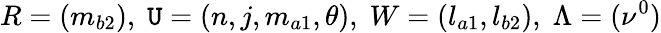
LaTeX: R=(m_{b2}),\; \mathtt{U}=(n,j,m_{a1},\theta),\; W=(l_{a1},l_{b2}),\; \Lambda=(\nu^{0})